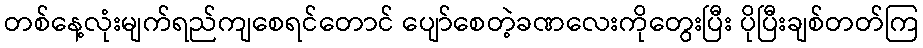
တစ်နေ့လုံးမျက်ရည်ကျစေရင်တောင် ပျော်စေတဲ့ခဏလေးကိုတွေးပြီး ပိုပြီးချစ်တတ်ကြ